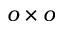
o \times o